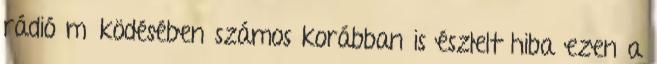
rádió működésében számos korábban is észlelt hiba ezen a